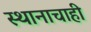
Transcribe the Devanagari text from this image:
स्थानाचाही